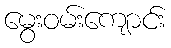
မွေးဝမ်းကျောင်း